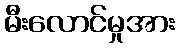
မီးလောင်မှုအား